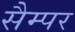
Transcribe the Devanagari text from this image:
सैम्पर